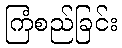
ကြံစည်ခြင်း